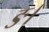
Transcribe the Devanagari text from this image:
ङ।